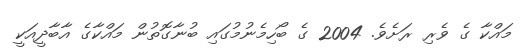
މައްކާ ގެ ވެރި ރަށެވެ. 2004 ގެ ބޯހިމެނުމުގައި ބުނާގޮތުން މައްކާގެ އާބާދީއަކީ